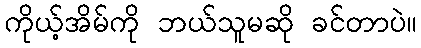
ကိုယ့်အိမ်ကို ဘယ်သူမဆို ခင်တာပဲ။